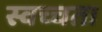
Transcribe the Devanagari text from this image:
स्वच्चता